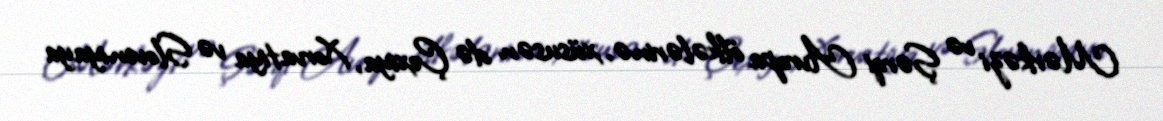
Mərkəzi və Şərqi Avropa ölkələrinə, xüsusən də Çexiya, Xorvatiya və Sloveniyaya